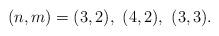
LaTeX: \begin{align*}(n,m)=(3,2),\ (4,2),\ (3,3).\end{align*}